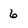
Character: 6